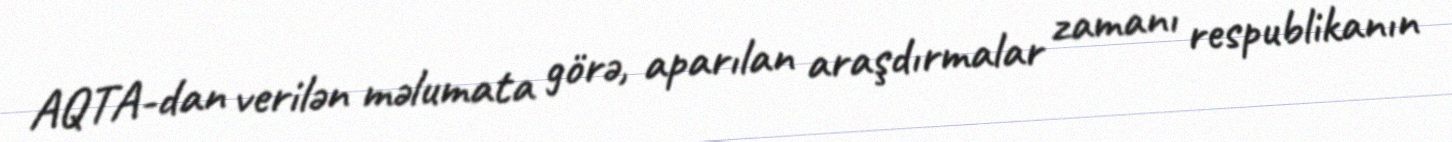
AQTA-dan verilən məlumata görə, aparılan araşdırmalar zamanı respublikanın